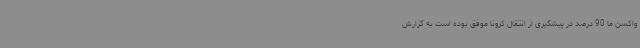
واکسن ما 90 درصد در پیشگیری از انتقال کرونا موفق بوده است به گزارش